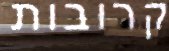
קרובות